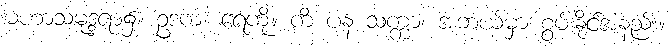
မဟာသမုဒ္ဒရာ၌။ ဥဒကံ၊ ရေကို။ ကိံ ပန သက္ကာ၊ အဘယ်မှာ စွမ်းနိုင်အံ့နည်း။